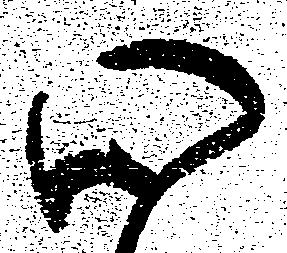
心